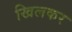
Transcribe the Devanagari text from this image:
खिलकर